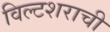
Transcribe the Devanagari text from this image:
विल्टशराची